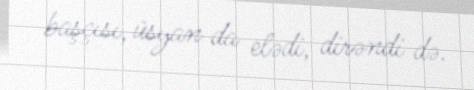
başçısı, üsyan da elədi, dirəndi də.